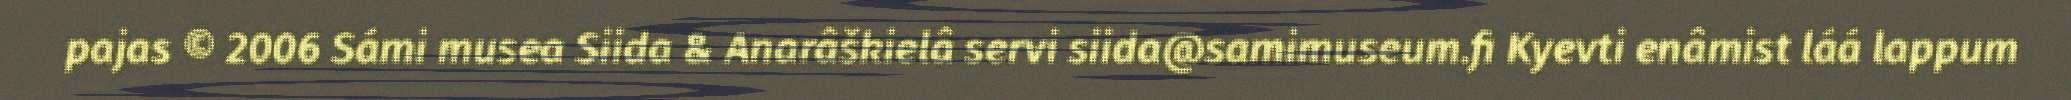
pajas © 2006 Sámi musea Siida & Anarâškielâ servi siida@samimuseum.fi Kyevti enâmist láá lappum